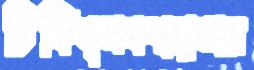
চিকিত্সকস্বল্পতার